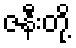
ဇနီးတို့